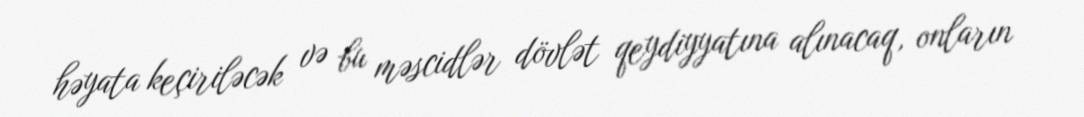
həyata keçiriləcək və bu məscidlər dövlət qeydiyyatına alınacaq, onların